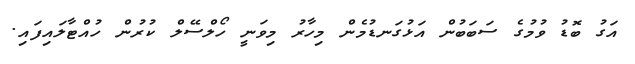
އަގު ބޮޑު ވުމުގެ ސަބަބުން އަޅުގަނޑުމެން މިހާރު މިވަނީ ހޯލްސޭލް ކުރުން ހުއްޓާލައިފައި.